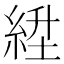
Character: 𬗛